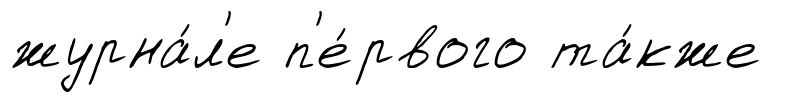
журна́л'е п'е́рвого та́кже